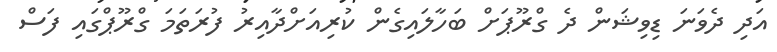
އަދި ދެވަނަ ޑިވިޝަން ދެ ގްރޫޕަށް ބަހާލައިގެން ކުރިއަށްދާއިރު ފުރަތަމަ ގްރޫޕްގައި ފަސް